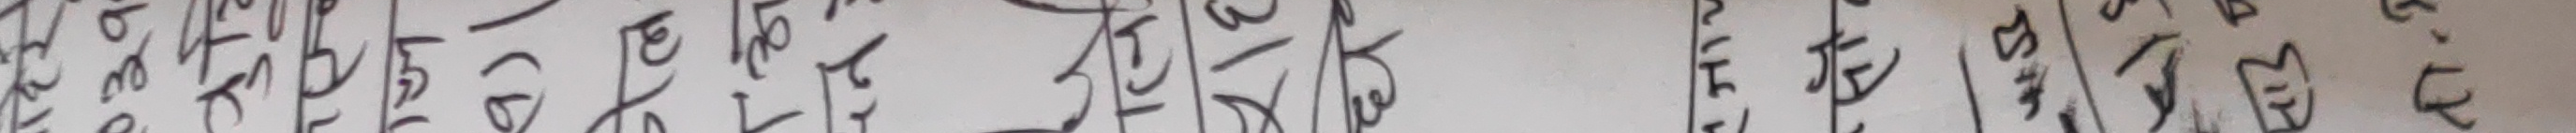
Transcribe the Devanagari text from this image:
कति हुन्छ |